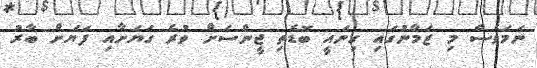
ނަމަވެސް މި ޒަމާނުގައި ގިނައީ ބޮޑެތި ޖީންސަށް ވުރެ ގަޔަށާއި ފަޔަށް ބާރު